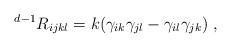
\begin{align*}{}^{d-1}R_{ijkl}=k (\gamma_{ik}\gamma_{jl}-\gamma_{il}\gamma_{jk})\;,\end{align*}